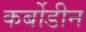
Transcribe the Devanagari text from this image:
कर्बोडीन